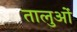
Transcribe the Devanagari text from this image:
तालुओं